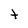
Character: t